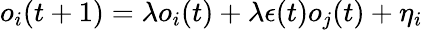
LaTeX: o_{i}(t+1)=\lambda o_{i}(t)+\lambda\epsilon(t)o_{j}(t)+\eta_{i}